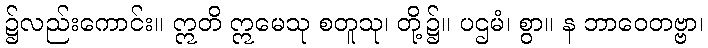
၌လည်းကောင်း။ ဣတိ ဣမေသု စတူသု၊ တို့၌။ ပဌမံ၊ စွာ။ န ဘာဝေတဗ္ဗာ၊